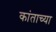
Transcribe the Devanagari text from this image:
कांताच्या